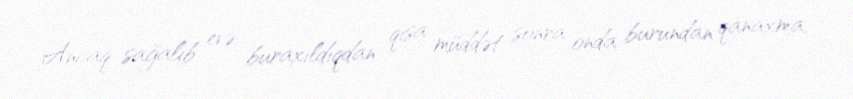
Ancaq sağalıb evə buraxıldıqdan qısa müddət sonra onda burundan qanaxma,